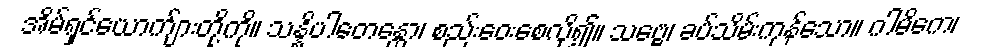
အိမ်ရှင်ယောက်ျားတို့ကို။ သန္နိပါတေန္တော၊ စည်းဝေးစေလို၍။ သဗ္ဗေ၊ ခပ်သိမ်းကုန်သော။ ဂါမိကေ၊